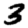
Digit: 3